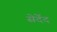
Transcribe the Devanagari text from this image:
सेर्देद